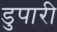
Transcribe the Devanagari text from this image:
डुपारी